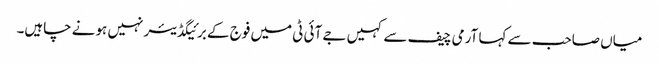
میاں صاحب سے کہا آرمی چیف سے کہیں جے آئی ٹی میں فوج کے برئیگڈیئر نہیں ہونے چاہیں۔